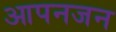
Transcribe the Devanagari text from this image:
आपनजन